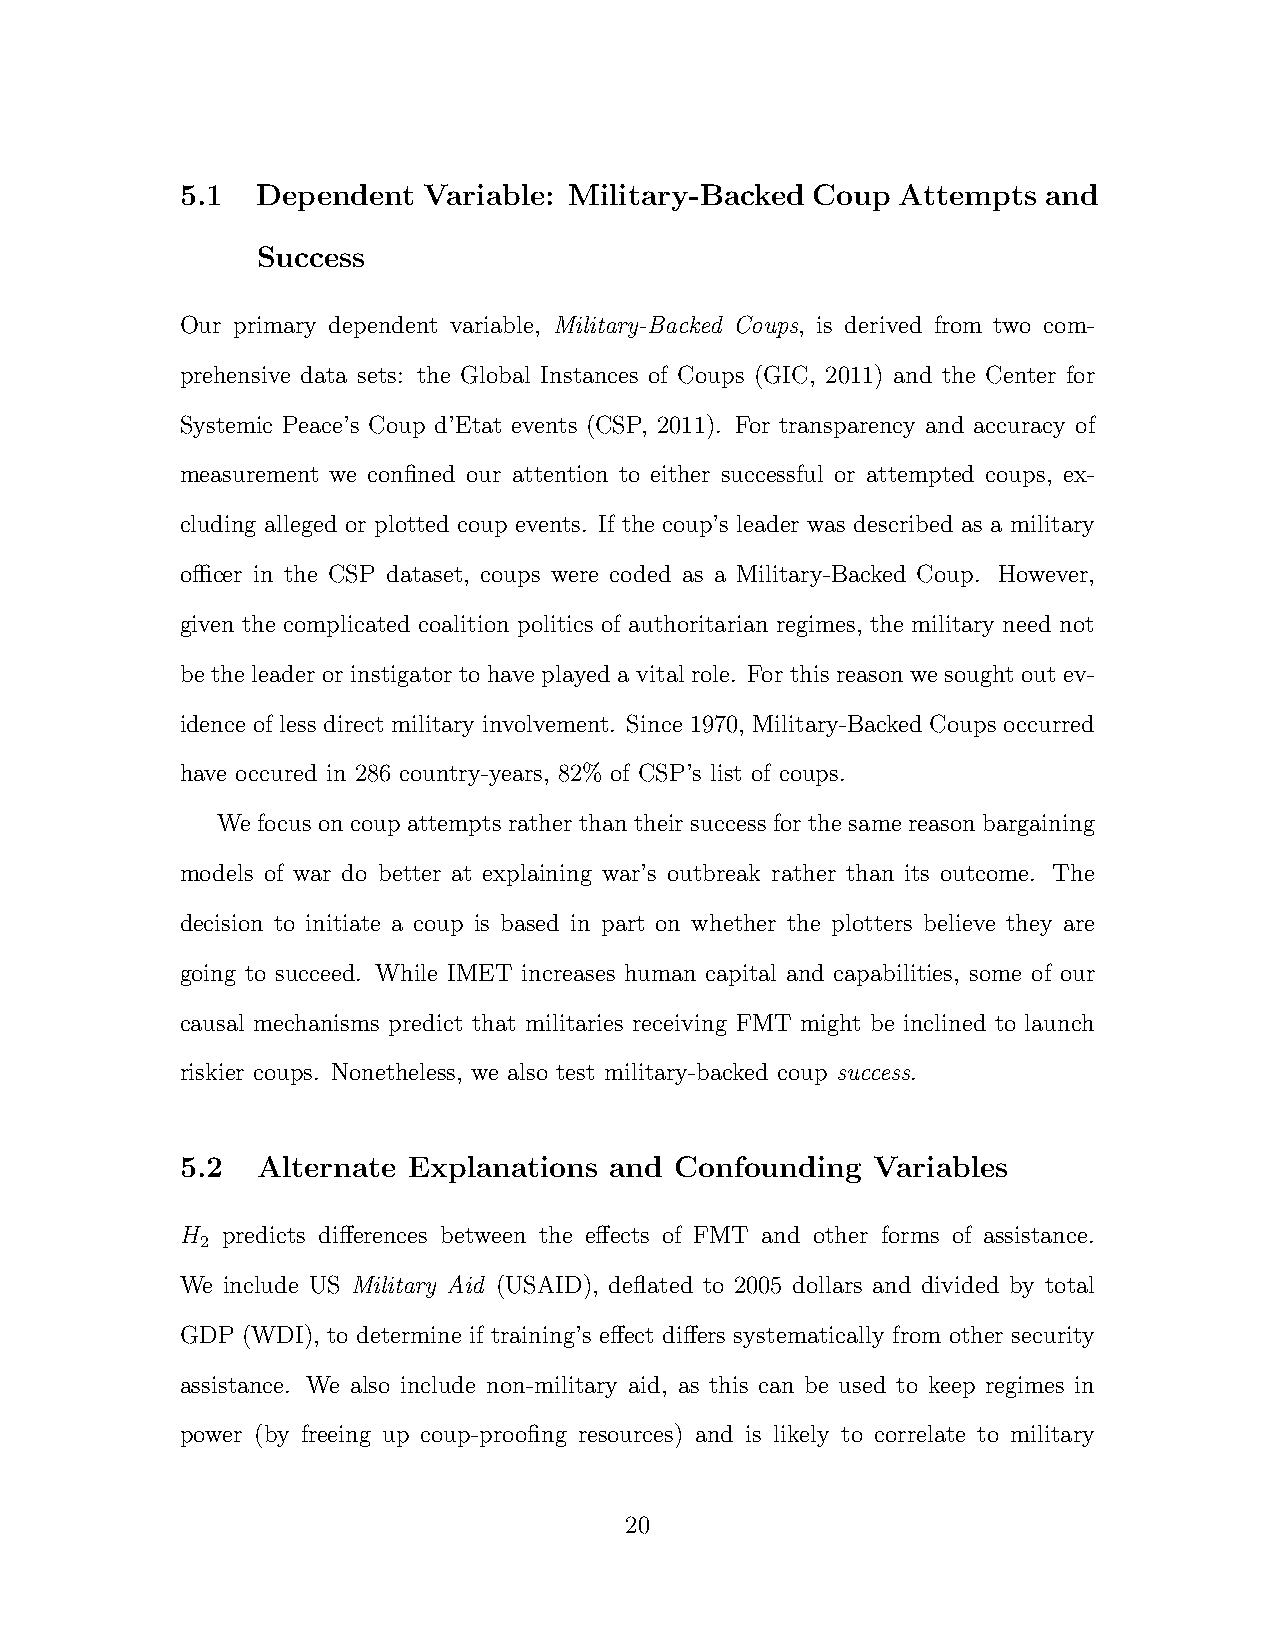
5.1  Dependent  Variable: Military-Backed Coup Attempts  and
 Success
 Our primary dependent variable, Military-Backed Coups, is derived from two com-
 prehensive data sets: the Global Instances of Coups (GIC, 2011) and the Center for
 Systemic Peace’s Coup d’Etat events (CSP, 2011). For transparency and accuracy of
 measurement we confined our attention to either successful or attempted coups, ex-
 cluding alleged or plotted coup events. If the coup’s leader was described as a military
 ocer in the CSP dataset, coups were coded as a Military-Backed Coup. However,
 given the complicated coalition politics of authoritarian regimes, the military need not
 be the leader or instigator to have played a vital role. For this reason we sought out ev-
 idence of less direct military involvement. Since 1970, Military-Backed Coups occurred
 have occured in 286 country-years, 82% of CSP’s list of coups.
 We focus on coup attempts rather than their success for the same reason bargaining
 models of war do better at explaining war’s outbreak rather than its outcome. The
 decision to initiate a coup is based in part on whether the plotters believe they are
 going to succeed. While IMET increases human capital and capabilities, some of our
 causal mechanisms predict that militaries receiving FMT might be inclined to launch
 riskier coups. Nonetheless, we also test military-backed coup success.
 5.2  Alternate Explanations and  Confounding  Variables
 H  predicts di↵erences between the e↵ects of FMT and other forms of assistance.
 2
 We include US Military Aid (USAID), deflated to 2005 dollars and divided by total
 GDP (WDI), to determine if training’s e↵ect di↵ers systematically from other security
 assistance. We also include non-military aid, as this can be used to keep regimes in
 power (by freeing up coup-proofing resources) and is likely to correlate to military
 20